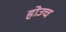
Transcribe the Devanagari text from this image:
होउच